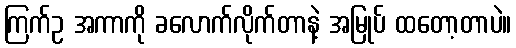
ကြက်ဥ အကာကို ခလောက်လိုက်တာနဲ့ အမြုပ် ထတော့တာပဲ။